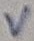
Text: V